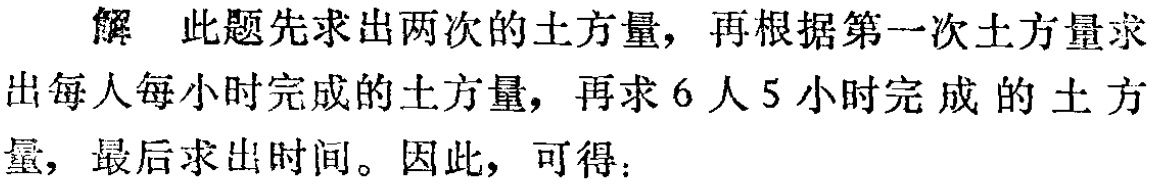
解 此题先求出两次的土方量，再根据第一次土方量求出每人每小时完成的土方量，再求6人5小时完成的土方量，最后求出时间。因此，可得：